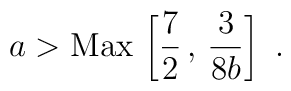
{{a}} > {\rm Max} \, \left[ {7\over 2}\, , \, {3 \over 8 {{b}}}                \right]\ .